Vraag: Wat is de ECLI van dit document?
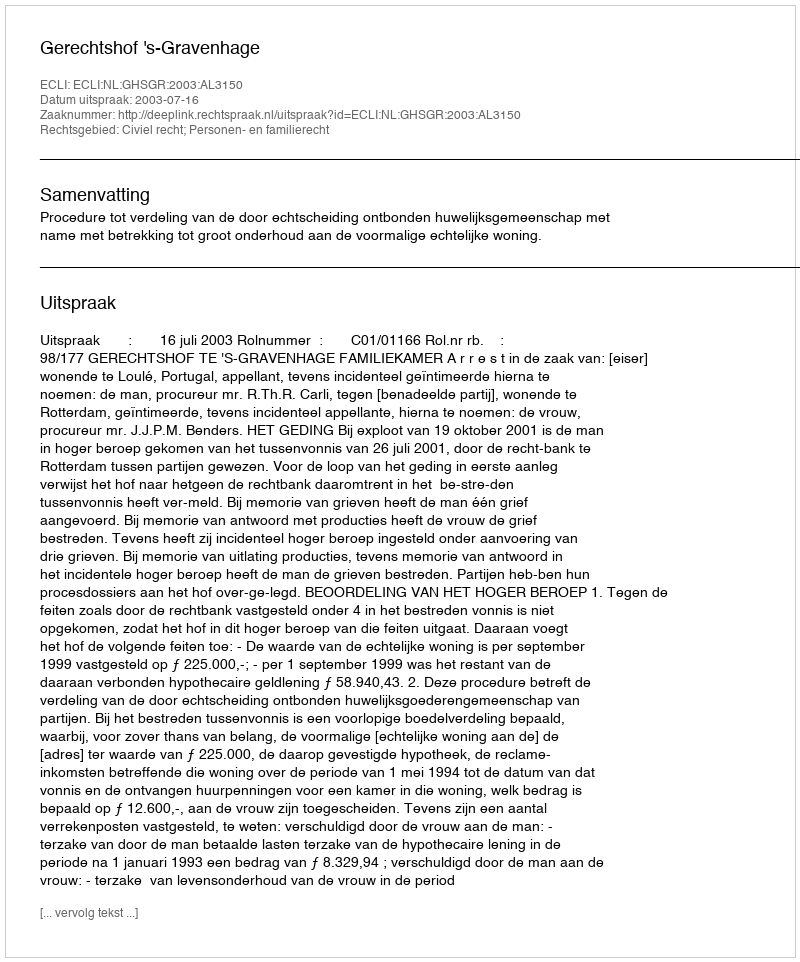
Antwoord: ECLI:NL:GHSGR:2003:AL3150